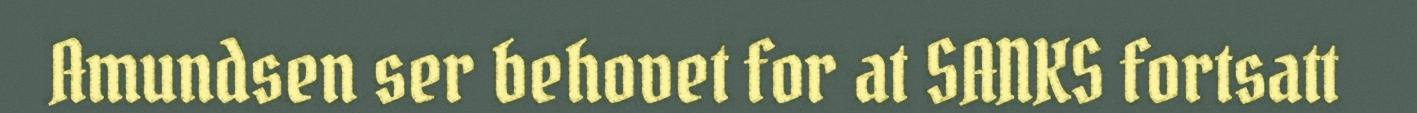
Amundsen ser behovet for at SANKS fortsatt